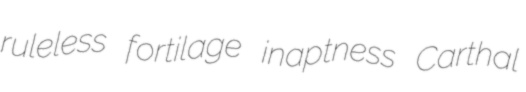
ruleless fortilage inaptness Carthal